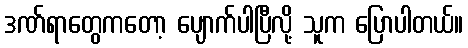
ဒဏ်ရာတွေကတော့ ပျောက်ပါပြီလို့ သူက ပြောပါတယ်။